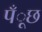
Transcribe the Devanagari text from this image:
पँूछ